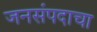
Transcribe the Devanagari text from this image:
जनसंपदाचा